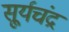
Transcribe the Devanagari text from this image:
सू्र्यचंद्र